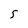
Character: 5